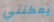
يمكنني